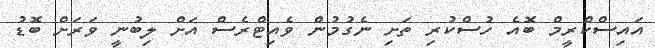
އައިސްކްރީމް ބޮއެ ހުސްކުރި ތަށި ނެގުމުން ވެއިޓްރެސް އަށް ލިބުނީ ވަރަށް ބޮޑު